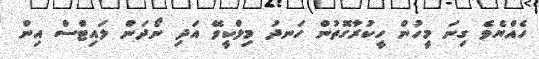
ހެއްޔެވެ ގިނަ މީހުން ހީކުރާގޮތުން ހަނދު މިލްކީވޭ އަދި ނޯދަން ލައިޓްސް އިން